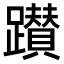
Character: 𨇃